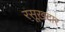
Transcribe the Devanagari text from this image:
रसूख़दार